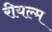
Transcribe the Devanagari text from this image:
रीयल्म